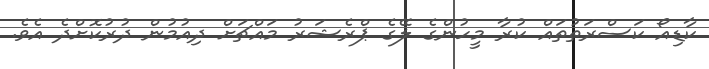
ކާޑިއޯ ކަސްރަތުތައް ކުރާ މީހުންގެ ލޭގެ ޕްރެޝަރު މައްޗަށް ދިއުމުން ދުރުކޮށްދެ އެވެ.